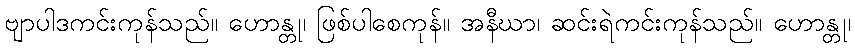
ဗျာပါဒကင်းကုန်သည်။ ဟောန္တု၊ ဖြစ်ပါစေကုန်။ အနီဃာ၊ ဆင်းရဲကင်းကုန်သည်။ ဟောန္တု၊